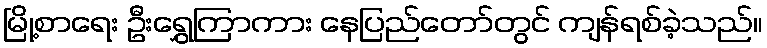
မြို့စာရေး ဦးရွှေကြာကား နေပြည်တော်တွင် ကျန်ရစ်ခဲ့သည်။